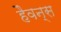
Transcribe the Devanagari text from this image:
हैवन्स